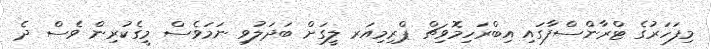
މިފަހަރުގެ ޓްރާންސްފާގައި އިބްރަހިމޮވިޗް ޕްރިމިއަރ ލީގަށް ބަދަލުވި ނަމަވެސް މީގެކުރިން ވެސް ދެ